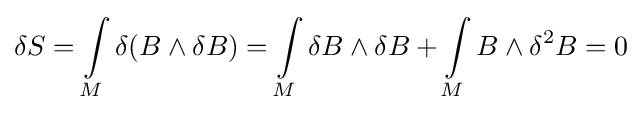
\delta S=\int \limits _{M}\delta (B\wedge \delta B)=\int \limits _{M}\delta B\wedge \delta B+\int \limits _{M}B\wedge \delta ^{2}B=0